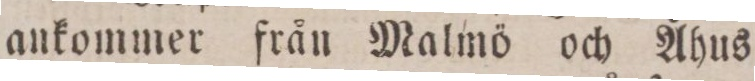
ankommer från Malmö och Åhus